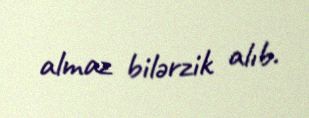
almaz bilərzik alıb.